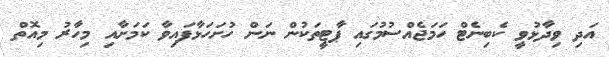
އަދި ވިދާޅުވީ ކެބިނެޓް ހަމަޖެއްސުމުގައި ޕާޓީތަކުން ނަން ހުށަހަޅާފައިވާ ކަމަށާއި މިހާރު މިއޮތް